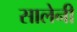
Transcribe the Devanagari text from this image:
सालेनी